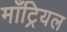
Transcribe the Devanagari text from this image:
माँट्रियल